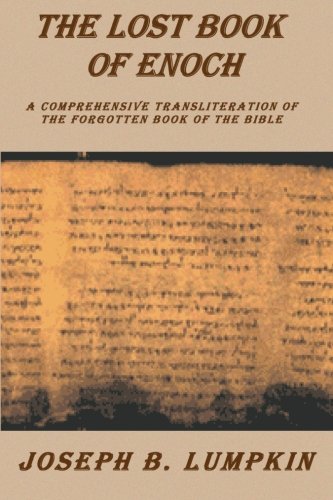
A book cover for Lost Book of Enoch : A Comprehensive Transliteration of the Forgotten Book of the Bible; Joseph B. Lumpkin; Religion & Spirituality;